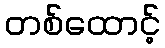
တစ်ထောင့်